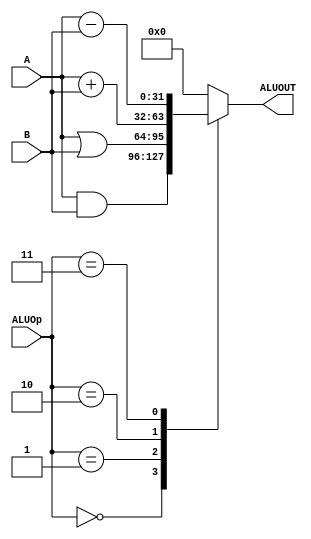
`timescale 1ns / 1ps
//////////////////////////////////////////////////////////////////////////////////
// Company: 
// Engineer: 
// 
// Design Name: 
// Module Name:    ALU 
// Project Name: 
// Target Devices: 
// Tool versions: 
// Description: 
//
// Dependencies: 
//
// Revision: 
// Revision 0.01 - File Created
// Additional Comments: 
//
//////////////////////////////////////////////////////////////////////////////////
module ALU(
    input [31:0] A,
    input [31:0] B,
    input [2:0] ALUOp,
    output reg [31:0] ALUOUT
    );
	
	parameter andd_Op = 3'b000,
					orr_Op = 3'b001,
					add_Op = 3'b010,
					sub_Op = 3'b011;

	always @ ( * ) begin
		case (ALUOp)
			andd_Op: ALUOUT <= A & B;
			orr_Op: ALUOUT <= A | B;
			add_Op: ALUOUT <= A + B;
			sub_Op: ALUOUT <= A - B;
			default: ALUOUT <= 32'h00000000;
		endcase
	end

endmodule